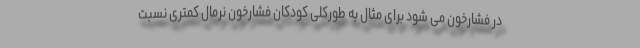
در فشارخون می شود برای مثال به طورکلی کودکان فشارخون نرمال کمتری نسبت